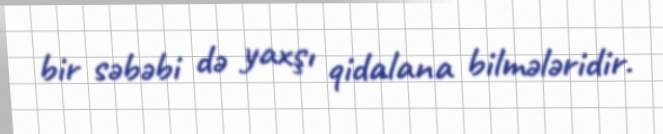
bir səbəbi də yaxşı qidalana bilmələridir.